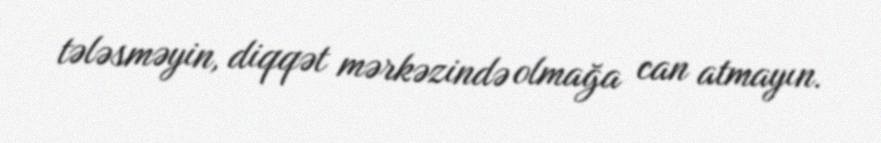
tələsməyin, diqqət mərkəzində olmağa can atmayın.